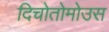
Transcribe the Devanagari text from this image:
दिचोतोमोउस